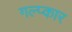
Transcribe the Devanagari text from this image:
गल्प्कार